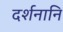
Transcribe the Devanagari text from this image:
दर्शनानि